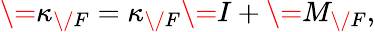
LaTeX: \= \kappa_{\/ F}=\kappa_{\/ F}\= I+\= M_{\/ F},